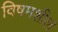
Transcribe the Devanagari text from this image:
विषमशील